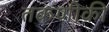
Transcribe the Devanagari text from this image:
तकणीकी